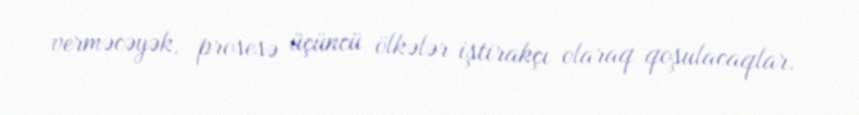
verməcəyək, prosesə üçüncü ölkələr iştirakçı olaraq qoşulacaqlar.